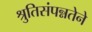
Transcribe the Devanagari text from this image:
श्रुतिसंपन्नतेने